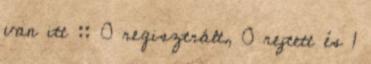
van itt :: 0 regisztrált, 0 rejtett és 1